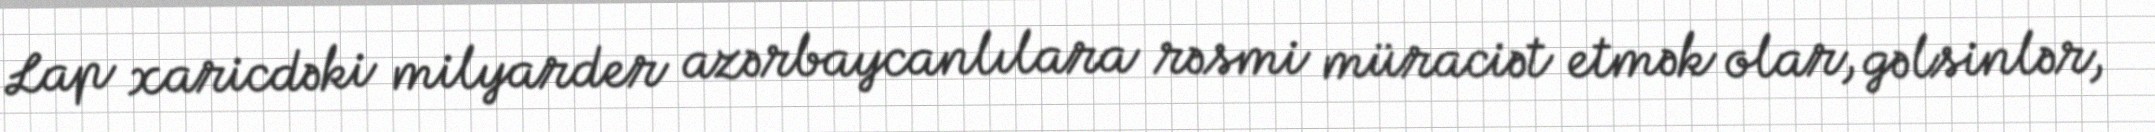
Lap xaricdəki milyarder azərbaycanlılara rəsmi müraciət etmək olar, gəlsinlər,